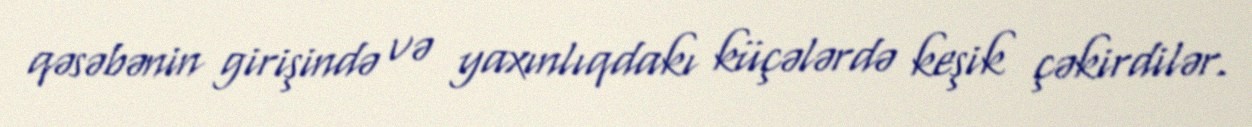
qəsəbənin girişində və yaxınlıqdakı küçələrdə keşik çəkirdilər.